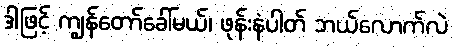
ဒါဖြင့် ကျွန်တော်ခေါ်မယ်၊ ဖုန်းနံပါတ် ဘယ်လောက်လဲ